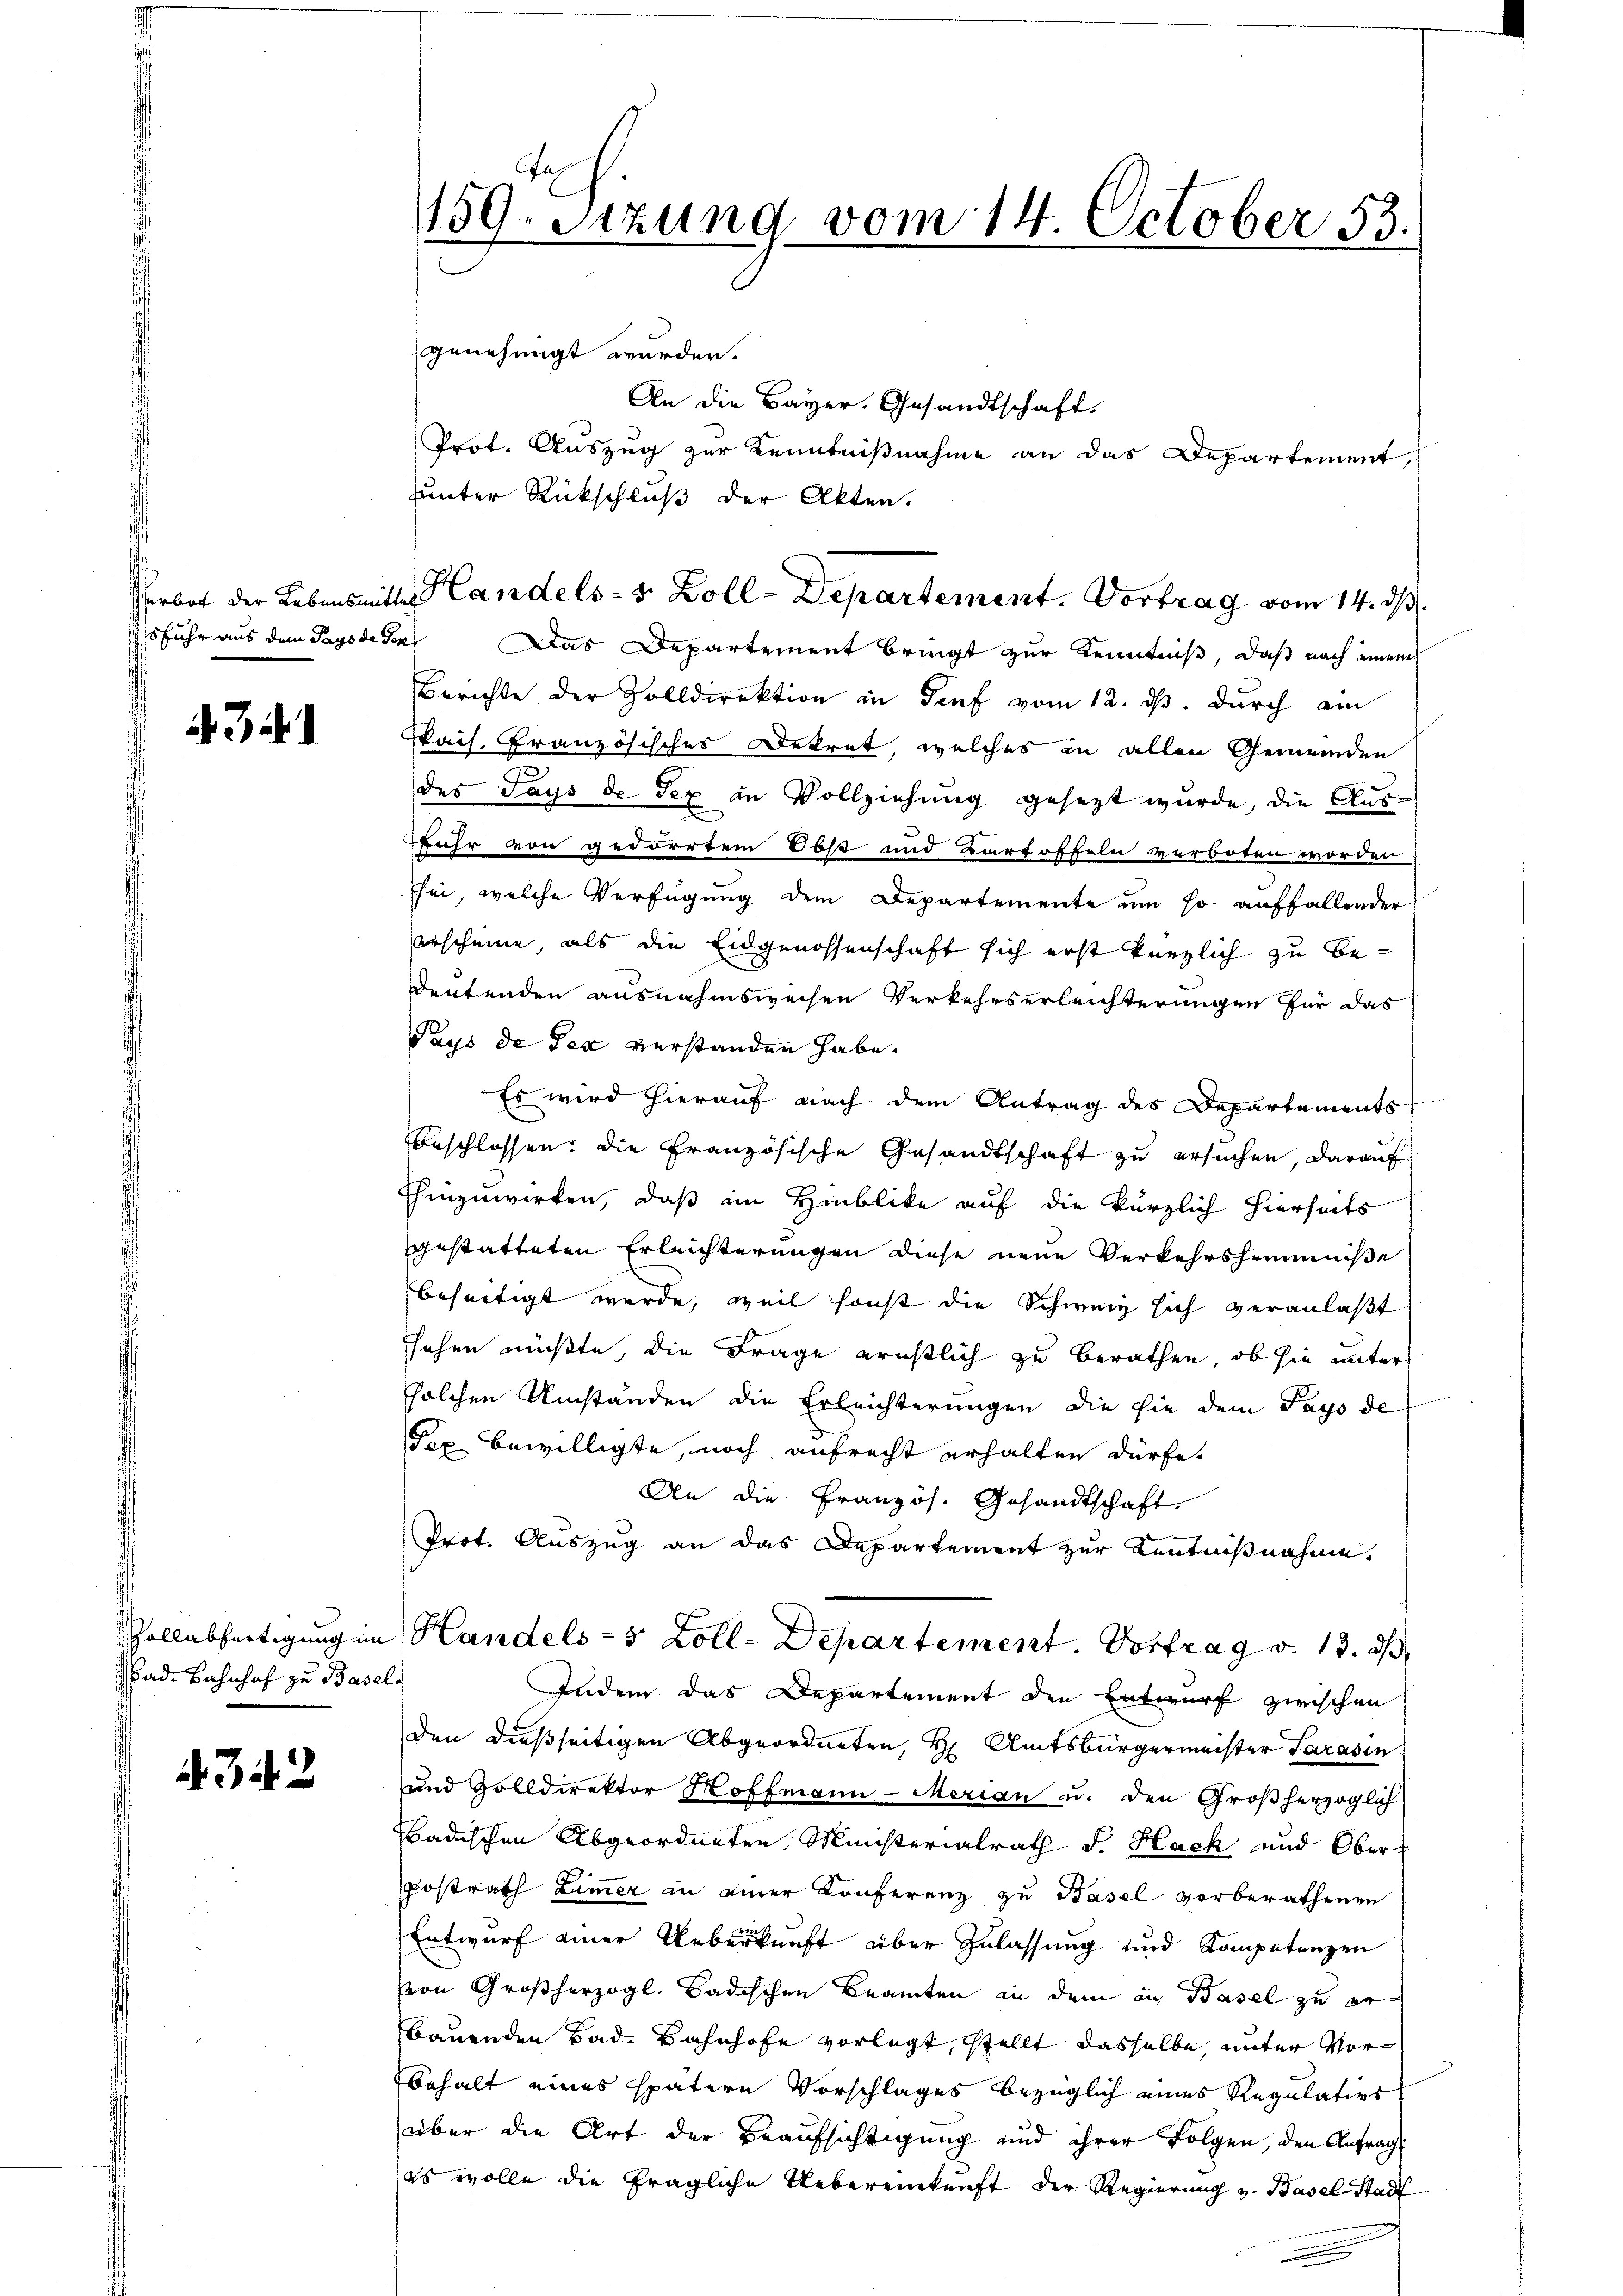
. 32

Bad. Bahnhof zu Basel

4342

genehmigt wurden.
An die Bayer. Gesandtschaft.
Prot. Auszug zur Kenntnißnahme an das Departement,
uunter Rückschluß der Akten.

159. Sitzung vom 14. October 53.

Verbot der Lebensmittes Handels- 5 Zoll-Departement. Vortrag vom 14. ds.

sfuhr aus dem Pays de der Das Departement bringt zur Kenntniß, daß nach einem
Berichte der Zolldirektion in Genf vom 12. ds. durch ain
Pais. Französisches Dekret, welches in allen Gemeinden
.
des Says de Tex in Vollziehung gesezt wurde, die Ausffuhr von gedörrtem Obst und Kartoffeln verboten worden,
sei, welche Verfügung dem Departemente um so auffallender
erscheine, als die Eidgenossenschaft sich erst kürzlich zu bedeutenden ausnahmsweisen Verkehrserleichterungen für das
Pays de der verstanden habe.
Es wird hierauf nach dem Antrag des Departements
beschlossen: Die Französische Gesandtschaft zu ersuchen, darauf
hinzuwirken, daß im Hinblike auf die kürzlich hierseits
gestatteten Erleichterungen diese neue Verkehrshemmniße
beseitigt werde, weil sonst die Schweiz sich veranlaßt
ssehen müßte, die Frage ernstlich zu berathen, ob sie unter
solchen Umständen die Erleichterungen die sie dem Pays de
Tex bewilligte, noch aufrecht erhalten dürfe.
An die Französ. Gesandtschaft
Prot. Auszug an das Departement zur Kenntnißnahme.
Zollabfertigung im Handels - 5 Zoll-Departement. Vortrag v. 13. ds
Indem das Departement den Entwurf zwischen
den dießseitigen Abgeordneten, H. Amtsbürgermeister Sarasin
und Zolldirektor Hoffmann - Merian u. den Großherzoglich
Badischen Abgeordneten, Ministerialrath F. Hach und Oberpostrath Zimer in einer Konferenz zu Basel vorberathenen
Entwurf einer Ueberkunft über Zulassung und Kompetenzen
von Großherzogl. Badischen Beamten in dem in Basel zu er
bauenden Bad. Bahnhofe vorlegt, stellt dasselbe, unter Vorbehalt eines spätern Vorschlages bezüglich eines Regulativs
über die Art der Beaufsichtigung und ihrer Folgen, den Anfrag
es wolle die fragliche Uebereinkunft der Regierung v. Baselstadt